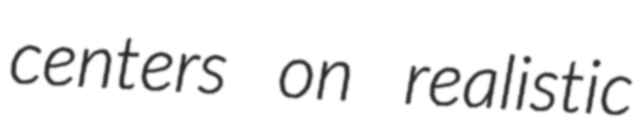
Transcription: centers on realistic